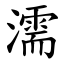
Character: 濡